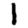
Digit: 1